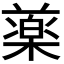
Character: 𣛙